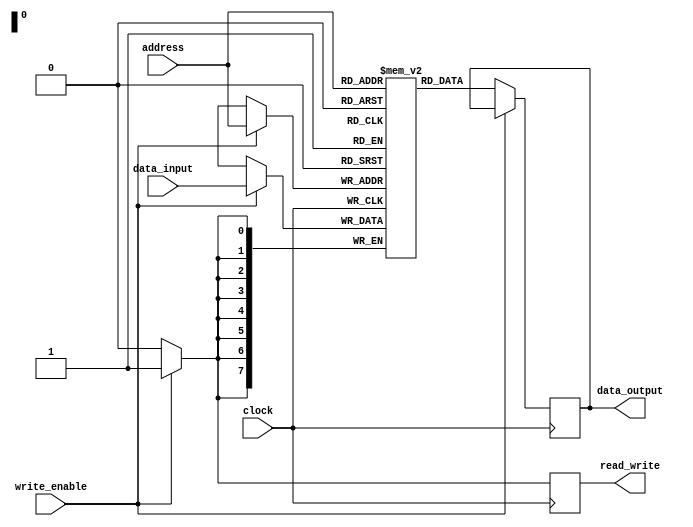
module ram_block (
    input wire [7:0] address,
    input wire [7:0] data_input,
    input wire write_enable,
    input wire clock,
    output reg [7:0] data_output,
    output reg read_write
);

parameter MEM_SIZE = 256;
reg [7:0] memory [MEM_SIZE-1:0];

always @(posedge clock) begin
    if(write_enable) begin
        memory[address] <= data_input;
        read_write <= 1'b1; //write operation
    end
    else begin
        data_output <= memory[address];
        read_write <= 1'b0; //read operation
    end
end

endmodule